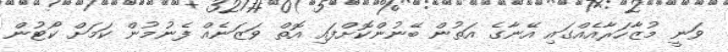
ވަނީ މުޒާހަރާއެއްގައި އޭނާގެ އަތުން ބޭނުންކޮށްފައި އޮތް ވަޒަނެއް ފެނުމުން ކަމަށް ކޯޓުން